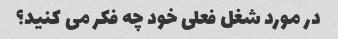
در مورد شغل فعلی خود چه فکر می کنید؟